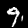
Label: 9